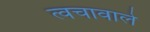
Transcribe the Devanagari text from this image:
त्वचावाले